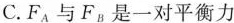
C.F_{A}与F_{B}是一对平衡力